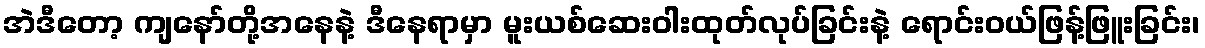
အဲဒီတော့ ကျနော်တို့အနေနဲ့ ဒီနေရာမှာ မူးယစ်ဆေးဝါးထုတ်လုပ်ခြင်းနဲ့ ရောင်းဝယ်ဖြန့်ဖြူးခြင်း၊